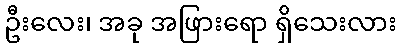
ဦးလေး၊ အခု အဖြားရော ရှိသေးလား